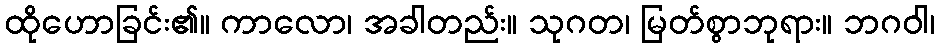
ထိုဟောခြင်း၏။ ကာလော၊ အခါတည်း။ သုဂတ၊ မြတ်စွာဘုရား။ ဘဂဝါ၊